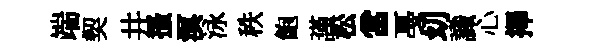
端契井搔溟泳秩飽謹松當戞㓜識心擇